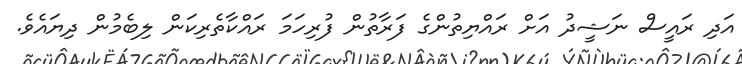
އަދި ރައީސް ނަޝީދު އަށް ރައްޔިތުންގެ ފަރާތުން ފުރިހަމަ ރައްކާތެރިކަން ލިބެމުން ދިޔައެވެ.